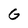
Character: G